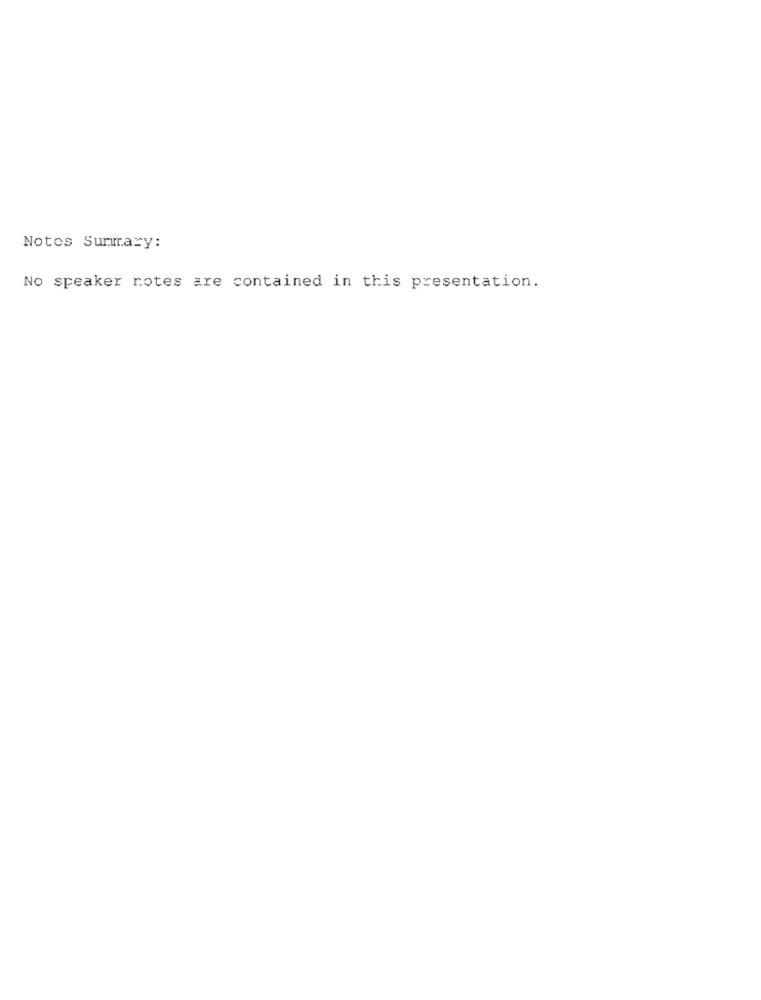
Notes Summary:
No speaker notes are contained in this presentation.